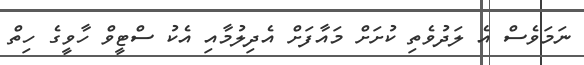
ނަމަވެސް އެ ލަދުވެތި ކުށަށް މައާފަށް އެދިލުމާއި އެކު ސްޓީވް ހާވީގެ ހިތް